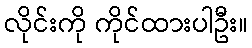
လိုင်းကို ကိုင်ထားပါဦး။